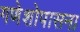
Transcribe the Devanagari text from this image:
गणेशोपासना